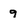
Character: 9